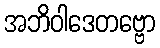
အဘိဝါဒေတဗ္ဗော